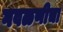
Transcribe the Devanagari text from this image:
गवळणीचा